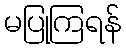
မပြုကြရန်